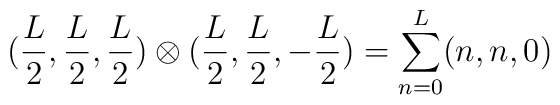
(\frac{L}{2},\frac{L}{2},\frac{L}{2})\otimes(\frac{L}{2},\frac{L}{2},-\frac{L}{2})=\sum_{n=0}^{L} (n,n,0)